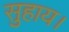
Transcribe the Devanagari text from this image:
सुहाय।